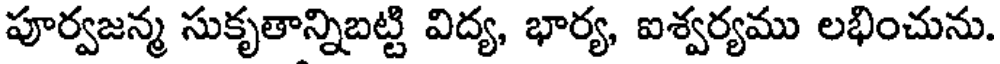
పూర్వజన్మ సుకృతాన్నిబట్టి విద్య, భార్య, ఐశ్వర్యము లభించును.